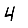
Digit: 4